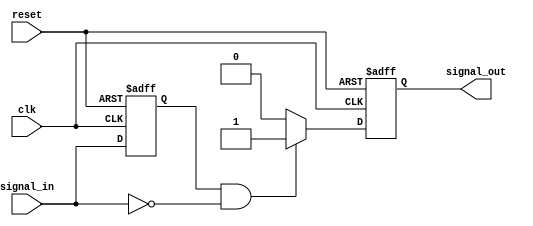
module negative_edge_detector (
    input wire clk,              // Clock signal
    input wire reset,            // Asynchronous reset
    input wire signal_in,        // Input signal to monitor
    output reg signal_out        // Output signal indicating negative edge detection
);

    reg signal_in_prev;          // Register to hold the previous state of signal_in

    // Asynchronous reset and state sampling
    always @(posedge clk or posedge reset) begin
        if (reset) begin
            signal_in_prev <= 1'b0; // Initialize previous state to low on reset
            signal_out <= 1'b0;      // Initialize output to low on reset
        end else begin
            // Sample the current state of signal_in
            signal_in_prev <= signal_in;

            // Detect negative edge: current state is low, previous state was high
            if (signal_in_prev == 1'b1 && signal_in == 1'b0) begin
                signal_out <= 1'b1;  // Set output high on negative edge
            end else begin
                signal_out <= 1'b0;  // Reset output to low otherwise
            end
        end
    end

endmodule